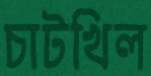
চাটখিল